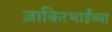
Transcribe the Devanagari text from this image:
ज़ाकिरभाईंच्या